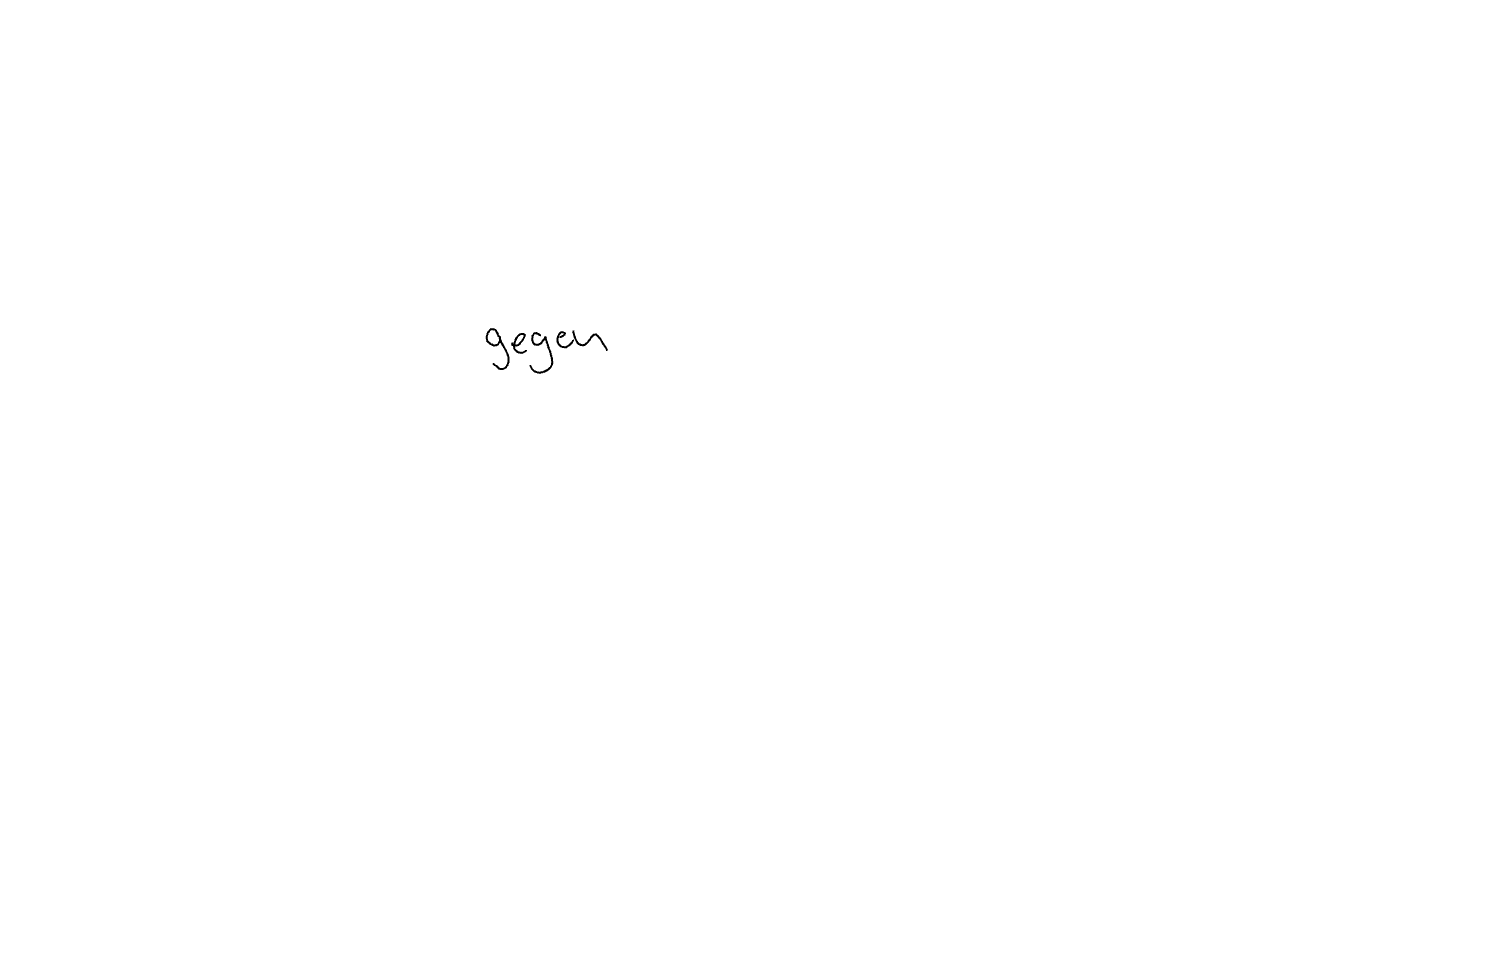
Text: gegen